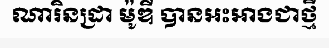
ណារិនដ្រា ម៉ូឌី បានអះអាងជាថ្មី